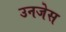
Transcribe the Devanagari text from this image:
उनजेस